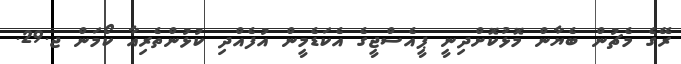
ރޭގެ މެޗުން ބެޔާން މޮޅުކޮށްދިނީ ޕީއެސްޖީގެ އެކަޑެމީން އުފެއްދި ކުޅުންތެރިއާ ކޯމަން ޖ.29.